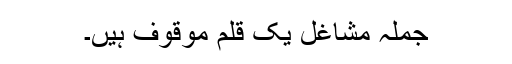
جملہ مشاغل یک قلم موقوف ہیں۔